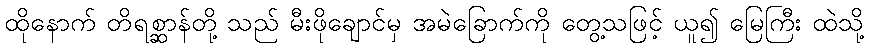
ထိုနောက် တိရစ္ဆာန်တို့ သည် မီးဖိုချောင်မှ အမဲခြောက်ကို တွေ့သဖြင့် ယူ၍ မြေကြီး ထဲသို့